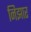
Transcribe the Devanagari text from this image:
निझार